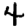
Digit: 4